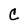
Character: C